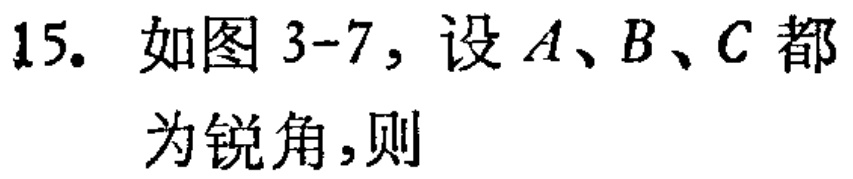
15. 如图 3-7, 设 \(A、B、C\) 都为锐角,则